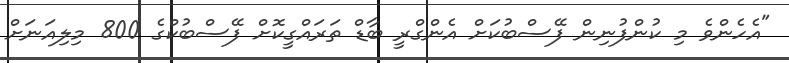
"އެހެންވެ މި ކުންފުނިން ފޭސްބުކަށް އެންގްރީ ބާޑް ތަރައްގީކޮށް ފޭސްބުކްގެ 800 މިލިއަނަށް